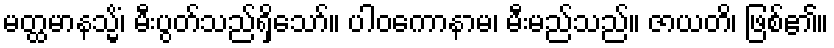
မတ္ထမာနသ္မိံ၊ မီးပွတ်သည်ရှိသော်။ ပါဝကောနာမ၊ မီးမည်သည်။ ဇာယတိ၊ ဖြစ်၏။